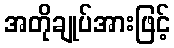
အတိုချုပ်အားဖြင့်